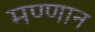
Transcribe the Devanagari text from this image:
मण्णान